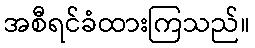
အစီရင်ခံထားကြသည်။